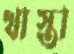
খাস্তা